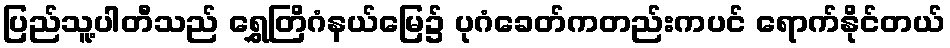
ပြည်သူ့ပါတီသည် ရွှေတြိဂံနယ်မြေ၌ ပုဂံခေတ်ကတည်းကပင် ရောက်နိုင်တယ်